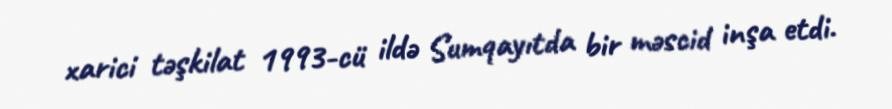
xarici təşkilat 1993-cü ildə Sumqayıtda bir məscid inşa etdi.